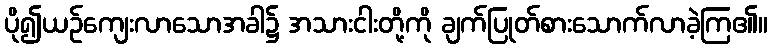
ပို၍ယဉ်ကျေးလာသောအခါ၌ အသားငါးတို့ကို ချက်ပြုတ်စားသောက်လာခဲ့ကြ၏။